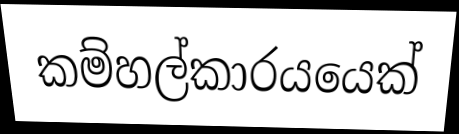
කම්හල්කාරයයෙක්